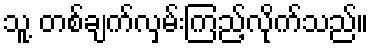
သူ့ တစ်ချက်လှမ်းကြည့်လိုက်သည်။